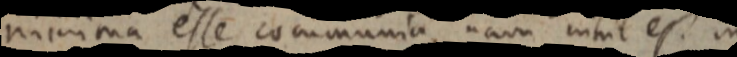
minima esse communia, nam nihil est in